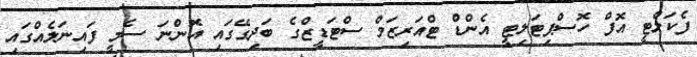
ފެކަލްޓީ އޮފް ހޮސްޕިޓަލިޓީ އެންޑް ޓްއަރިޒަމް ސްޓަޑީޒްގެ ބަދިގޭގައި އޮންނަ ސެމީ ފައިނަލެއްގައި